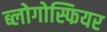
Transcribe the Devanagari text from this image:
ब्लोगोस्फियर